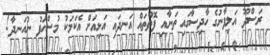
ރަސްދޫ އަލިފާނުގެ ހާދިސާގައި ތަނާއި ފޮތްތައް އަނދައި އަޅިއަށް އެކަމަކު މުސްހަފު ނުއަނދާ!